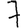
Digit: 7